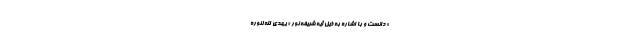
» دانست و با اشاره به ذیل آیه شریفه نور « یَهْدِی اللَّهُ لِنُورِهِ